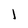
Character: 1